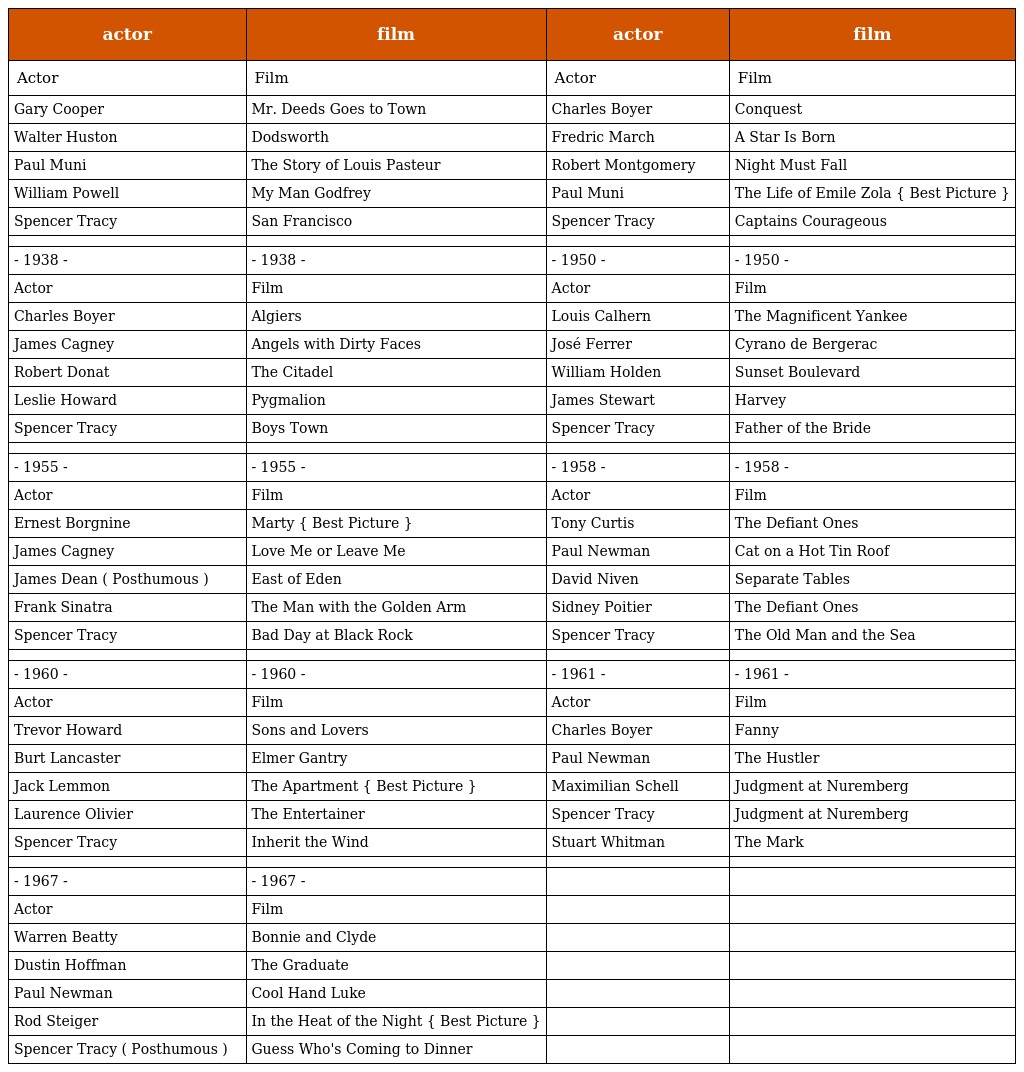
| actor | film | actor | film |
 | --- | --- | --- | --- |
 | Actor | Film | Actor | Film |
 | Gary Cooper | Mr. Deeds Goes to Town | Charles Boyer | Conquest |
 | Walter Huston | Dodsworth | Fredric March | A Star Is Born |
 | Paul Muni | The Story of Louis Pasteur | Robert Montgomery | Night Must Fall |
 | William Powell | My Man Godfrey | Paul Muni | The Life of Emile Zola { Best Picture } |
 | Spencer Tracy | San Francisco | Spencer Tracy | Captains Courageous |
 |  |  |  |  |
 | - 1938 - | - 1938 - | - 1950 - | - 1950 - |
 | Actor | Film | Actor | Film |
 | Charles Boyer | Algiers | Louis Calhern | The Magnificent Yankee |
 | James Cagney | Angels with Dirty Faces | José Ferrer | Cyrano de Bergerac |
 | Robert Donat | The Citadel | William Holden | Sunset Boulevard |
 | Leslie Howard | Pygmalion | James Stewart | Harvey |
 | Spencer Tracy | Boys Town | Spencer Tracy | Father of the Bride |
 |  |  |  |  |
 | - 1955 - | - 1955 - | - 1958 - | - 1958 - |
 | Actor | Film | Actor | Film |
 | Ernest Borgnine | Marty { Best Picture } | Tony Curtis | The Defiant Ones |
 | James Cagney | Love Me or Leave Me | Paul Newman | Cat on a Hot Tin Roof |
 | James Dean ( Posthumous ) | East of Eden | David Niven | Separate Tables |
 | Frank Sinatra | The Man with the Golden Arm | Sidney Poitier | The Defiant Ones |
 | Spencer Tracy | Bad Day at Black Rock | Spencer Tracy | The Old Man and the Sea |
 |  |  |  |  |
 | - 1960 - | - 1960 - | - 1961 - | - 1961 - |
 | Actor | Film | Actor | Film |
 | Trevor Howard | Sons and Lovers | Charles Boyer | Fanny |
 | Burt Lancaster | Elmer Gantry | Paul Newman | The Hustler |
 | Jack Lemmon | The Apartment { Best Picture } | Maximilian Schell | Judgment at Nuremberg |
 | Laurence Olivier | The Entertainer | Spencer Tracy | Judgment at Nuremberg |
 | Spencer Tracy | Inherit the Wind | Stuart Whitman | The Mark |
 |  |  |  |  |
 | - 1967 - | - 1967 - |  |  |
 | Actor | Film |  |  |
 | Warren Beatty | Bonnie and Clyde |  |  |
 | Dustin Hoffman | The Graduate |  |  |
 | Paul Newman | Cool Hand Luke |  |  |
 | Rod Steiger | In the Heat of the Night { Best Picture } |  |  |
 | Spencer Tracy ( Posthumous ) | Guess Who's Coming to Dinner |  |  |